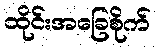
ထိုင်းအခြေစိုက်